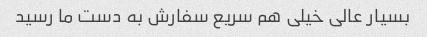
بسیار عالی خیلی هم سریع سفارش به دست ما رسید